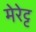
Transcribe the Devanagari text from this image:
मेरेट्ट